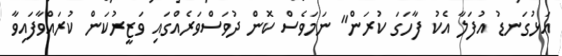
އަޅުގަނޑު އުފަލާ އެކު ފާހަގަ ކުރަން" ނަމަވެސް ކޮން ދުވަސްވަރެއްގައި ވަޒީރުކަން ކުރައްވާފައިވާ